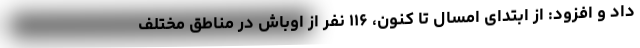
داد و افزود: از ابتدای امسال تا کنون، ۱۱۶ نفر از اوباش در مناطق مختلف